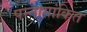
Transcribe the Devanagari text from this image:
पन्नागांकित